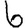
Digit: 6